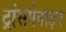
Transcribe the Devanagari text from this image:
ट्रांसपेनाइन